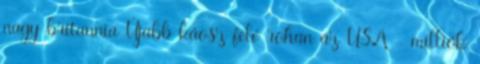
nagy-britannia Újabb káosz felé rohan az USA - milliók